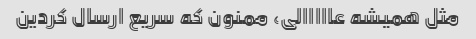
مثل همیشه عااااالی، ممنون که سریع ارسال کردین